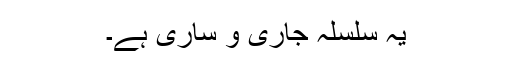
یہ سلسلہ جاری و ساری ہے۔